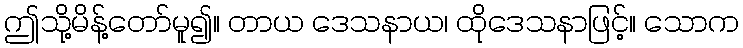
ဤသို့မိန့်တော်မူ၍။ တာယ ဒေသနာယ၊ ထိုဒေသနာဖြင့်။ သောက